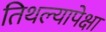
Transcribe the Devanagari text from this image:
तिथल्यापेक्षा